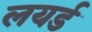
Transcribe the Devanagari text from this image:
लयर्ड